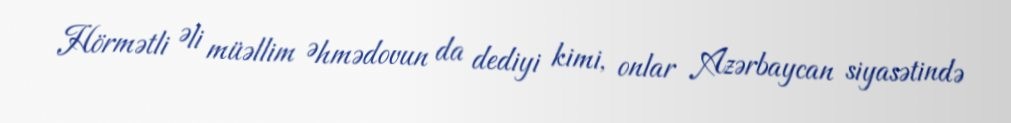
Hörmətli Əli müəllim Əhmədovun da dediyi kimi, onlar Azərbaycan siyasətində